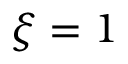
\xi = 1